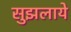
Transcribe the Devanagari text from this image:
सुझलाये